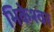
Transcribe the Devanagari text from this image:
भिकेश्वर